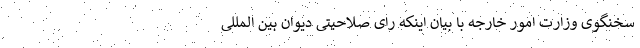
سخنگوی وزارت امور خارجه با بیان اینکه رای صلاحیتی دیوان بین المللی